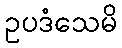
ဥပဒံသေမိ